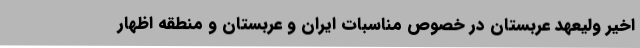
اخیر ولیعهد عربستان در خصوص مناسبات ایران و عربستان و منطقه اظهار